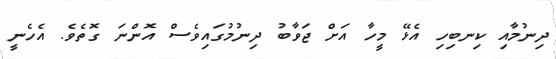
ދިނުމާއި ކިނބިހި އެޅޭ މީހާ އަށް ޖަވާބު ދިނުމުގައިވެސް އޮންނަ ގޮތެވެ. އެހެނީ